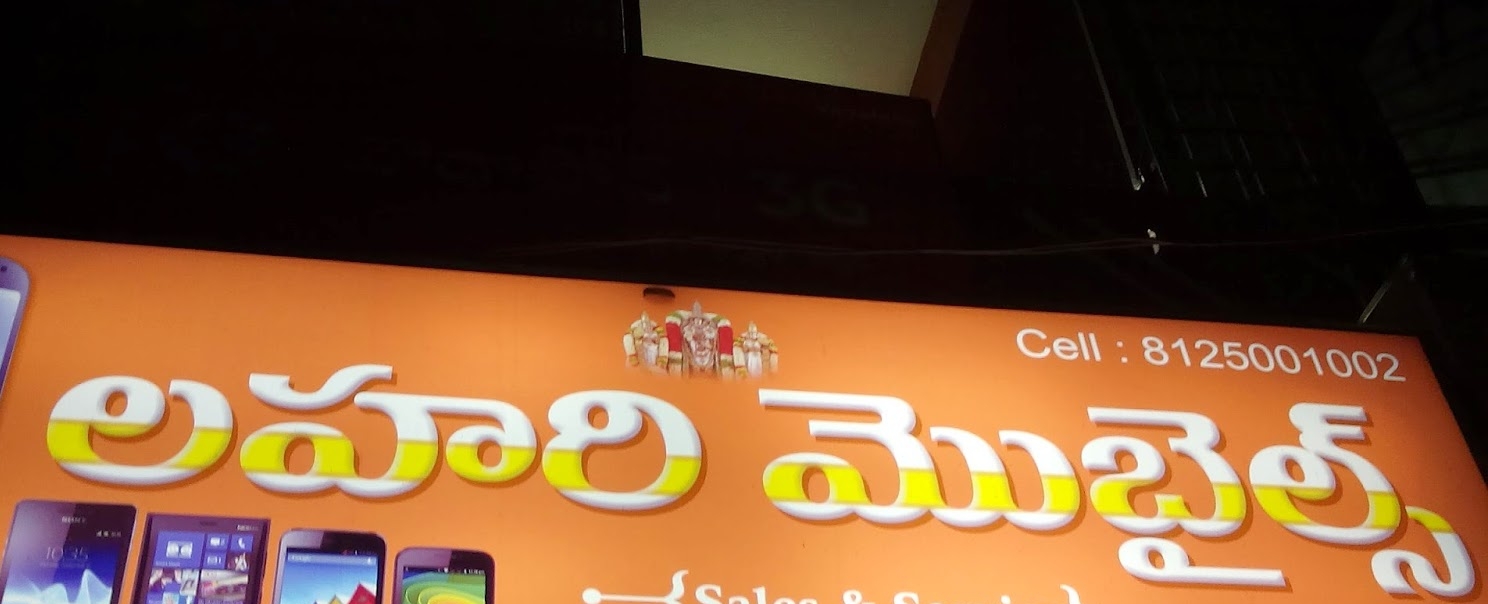
Language: telugu
Transcription: మొబైల్స్ లహరి